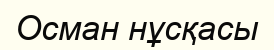
Осман нұсқасы